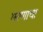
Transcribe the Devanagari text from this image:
मरणाचा